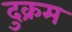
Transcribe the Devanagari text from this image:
दुक्रम